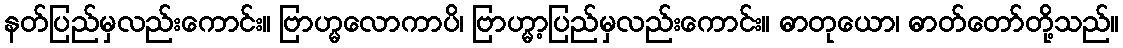
နတ်ပြည်မှလည်းကောင်း။ ဗြာဟ္မလောကာပိ၊ ဗြာဟ္မာ့ပြည်မှလည်းကောင်း။ ဓာတုယော၊ ဓာတ်တော်တို့သည်။